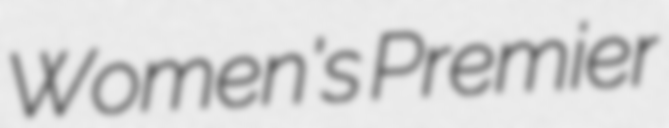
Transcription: Women's Premier